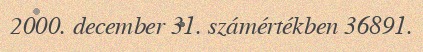
2000. december 31. számértékben 36891.